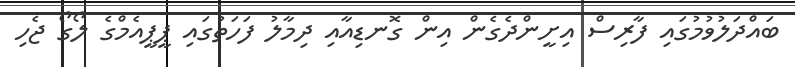
ބައްދަލުވުމުގައި ފާރިސް އިށީންދެގެން އިން ގޮނޑިއާއި ދިމާލު ފަހަތުގައި ޕީޕީއެމްގެ ލޯގޯ ޖެހި